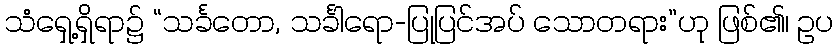
သံရှေ့ရှိရာ၌ “သင်္ခတော, သင်္ခါရော-ပြုပြင်အပ် သောတရား”ဟု ဖြစ်၏၊ ဥပ